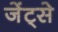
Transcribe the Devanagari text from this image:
जेंट्से